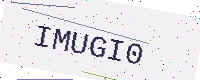
Text: IMUGI0